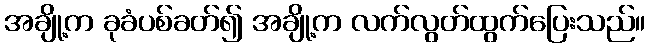
အချို့က ခုခံပစ်ခတ်၍ အချို့က လက်လွတ်ထွက်ပြေးသည်။